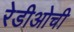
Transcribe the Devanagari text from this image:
रेडीओची